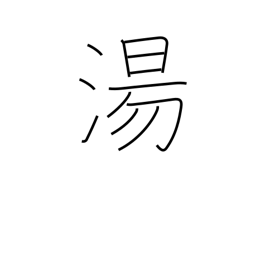
Meaning: hot spring